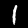
Label: 1